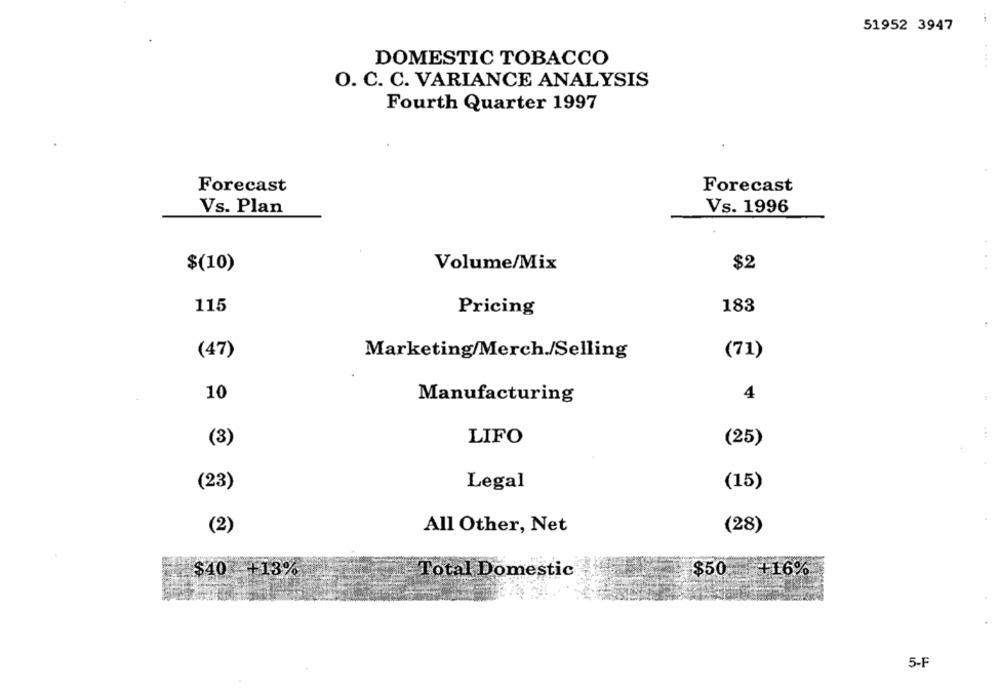
51952 3947
DOMESTIC TOBACCO
O. C. C. VARIANCE ANALYSIS
Fourth Quarter 1997
Forecast
Forecast
Vs. Plan
Vs. 1996
$(10)
Volume/Mix
$2
115
Pricing
183
(47)
Marketing/Merch./Selling
(71)
10
4
Manufacturing
(3)
LIFO
(25)
(23)
Legal
(15)
(2)
All Other, Net
(28)
$40 +13%
Total Domestic
$50
+16%
5-F